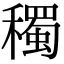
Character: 𥣋